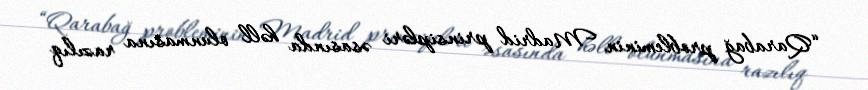
“Qarabağ probleminin Madrid prinsipləri əsasında həll olunmasına razılıq